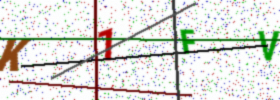
Text: K1FV